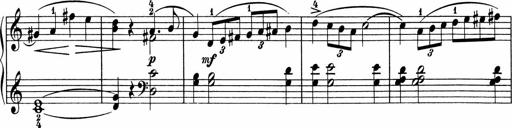
Title: 5 Sonatinen fÃ¼r die Jugend
Composer: Carl Reinecke